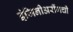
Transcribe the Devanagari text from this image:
इंजिनीअरींगची